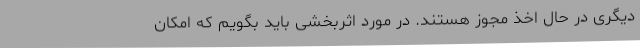
دیگری در حال اخذ مجوز هستند. در مورد اثربخشی باید بگویم که امکان